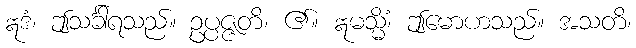
ဣဒံ၊ ဤသင်္ခါရသည်။ ဥပ္ပဇ္ဇတိ၊ ၏။ ဣမသ္မိံ၊ ဤမောဟသည်။ အသတိ၊